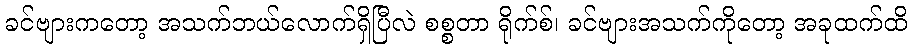
ခင်ဗျားကတော့ အသက်ဘယ်လောက်ရှိပြီလဲ စစ္စတာ ရိုက်စ်၊ ခင်ဗျားအသက်ကိုတော့ အခုထက်ထိ